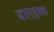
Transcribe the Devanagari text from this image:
बालहक्क